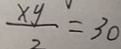
\frac { x y } { 2 } = 3 0